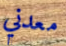
معدني